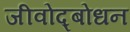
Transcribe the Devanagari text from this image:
जीवोद्बोधन